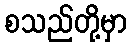
စသည်တို့မှာ